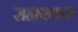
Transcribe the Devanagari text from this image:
सहायताक